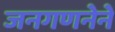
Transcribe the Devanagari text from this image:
जनगणनेने